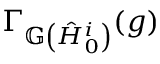
\Gamma _ { \mathbb { G } \left( \hat { H } _ { 0 } ^ { i } \right) } ( g )